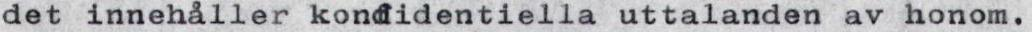
det innehåller konfidentiella uttalanden av honom.